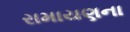
રામાયણના